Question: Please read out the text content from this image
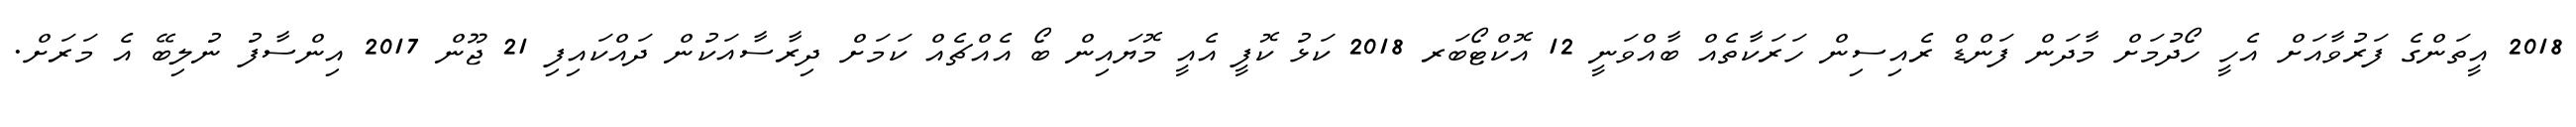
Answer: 2018 އީތަންގެ ފަރުވާއަށް އެހީ ހޯދުމަށް މާދަން ފަންޑް ރެއިސިން ހަރަކާތެއް ބާއްވަނީ 12 އޮކްޓޯބަރ 2018 ކަޅު ކޮފީ އެއީ މޮޔައިން ބޯ އެއްޗެއް ކަމަށް ދިރާސާއަކުން ދައްކައިފި 21 ޖޫން 2017 އިންސާފު ނުލިބޭ އެ މަރަށް.